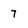
Character: 7